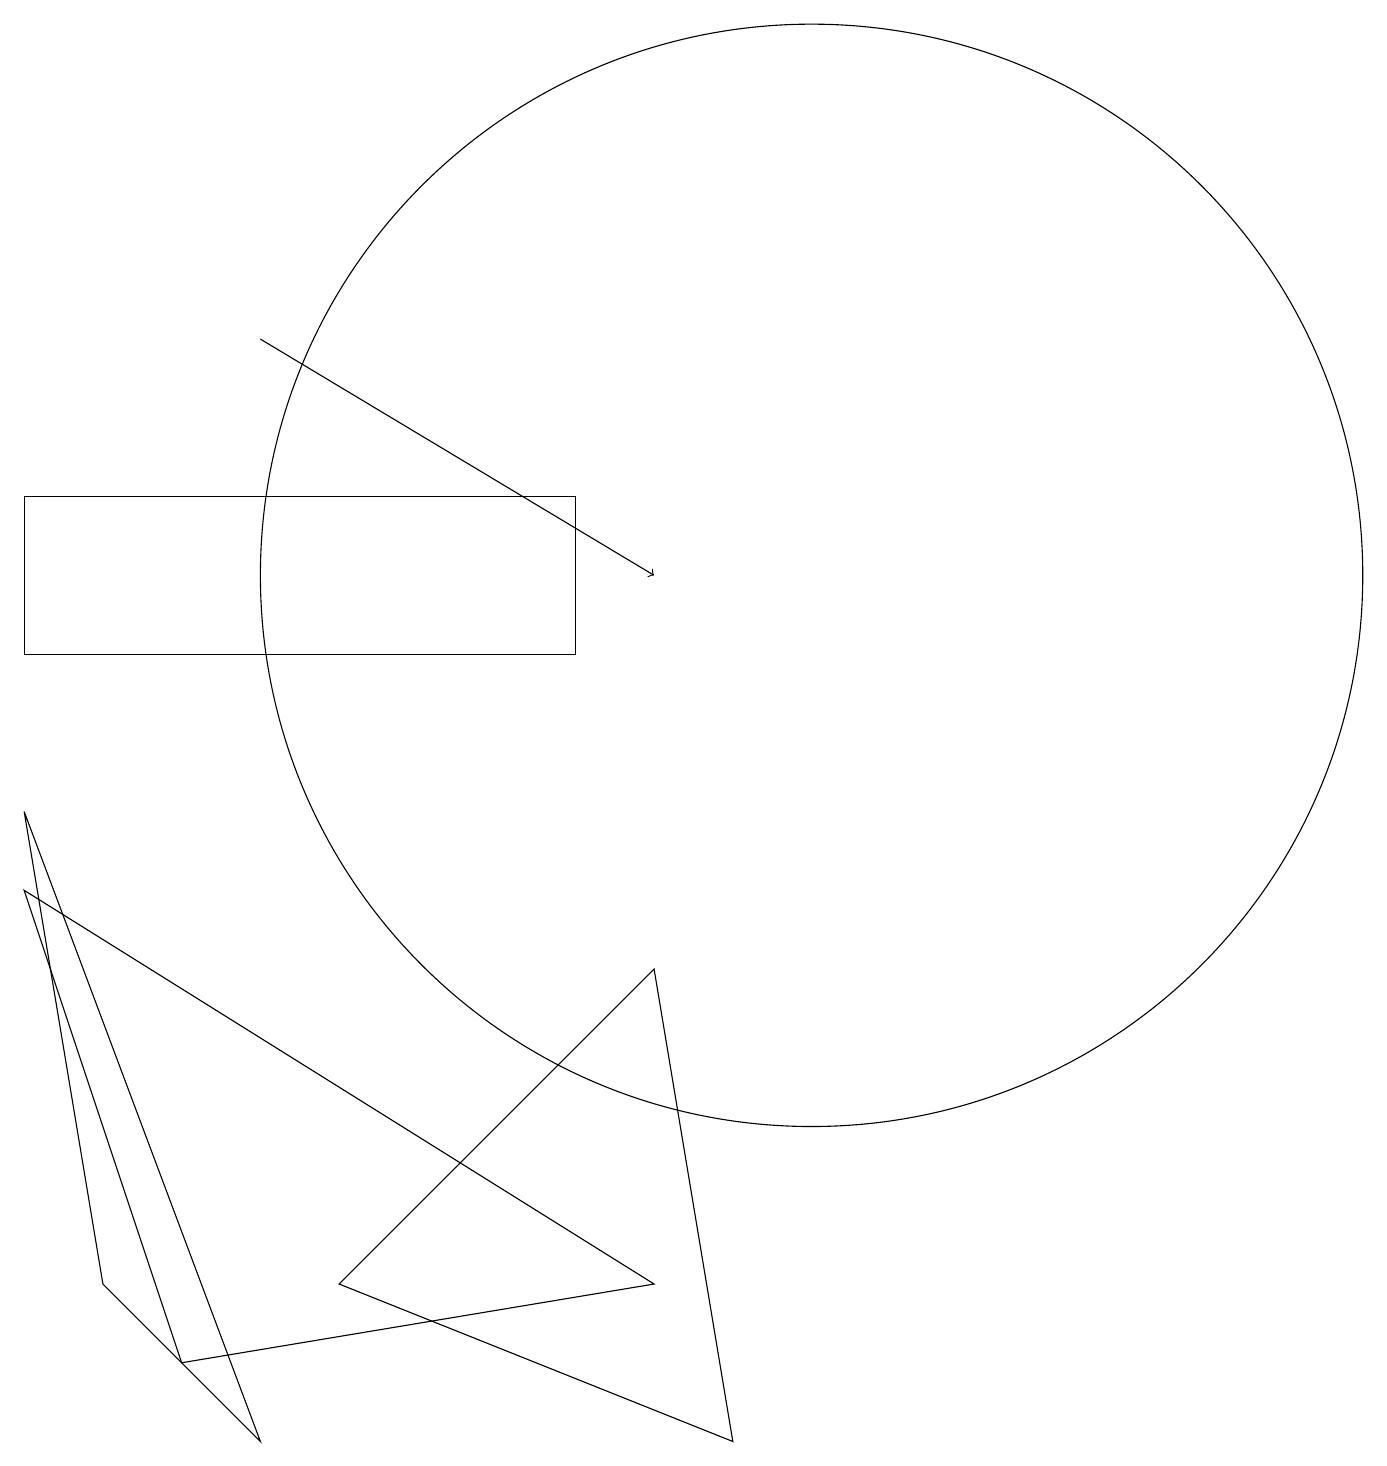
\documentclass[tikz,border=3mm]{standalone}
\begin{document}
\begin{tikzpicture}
\draw (7,13) rectangle (0,11);
\draw[->] (3,15) -- (8,12);
\draw (10,12) circle (7);
\draw (8,3) -- (0,8) -- (2,2) -- cycle;
\draw (3,1) -- (0,9) -- (1,3) -- cycle;
\draw (9,1) -- (4,3) -- (8,7) -- cycle;
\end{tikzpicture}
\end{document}